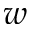
w